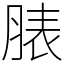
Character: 脿